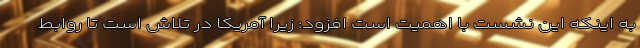
به اینکه این نشست با اهمیت است افزود: زیرا آمریکا در تلاش است تا روابط